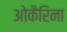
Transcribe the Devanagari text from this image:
ओकैरिना